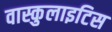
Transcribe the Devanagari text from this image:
वास्कुलाइटिस